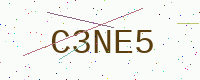
Text: C3NE5